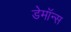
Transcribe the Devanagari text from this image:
डेमॉन्स